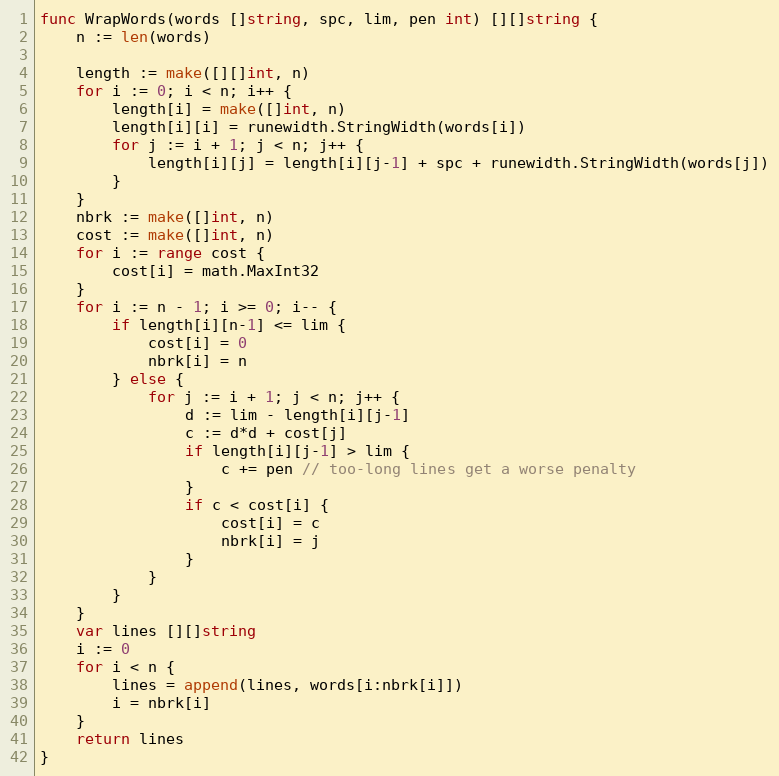
Language: Go
func WrapWords(words []string, spc, lim, pen int) [][]string {
	n := len(words)

	length := make([][]int, n)
	for i := 0; i < n; i++ {
		length[i] = make([]int, n)
		length[i][i] = runewidth.StringWidth(words[i])
		for j := i + 1; j < n; j++ {
			length[i][j] = length[i][j-1] + spc + runewidth.StringWidth(words[j])
		}
	}
	nbrk := make([]int, n)
	cost := make([]int, n)
	for i := range cost {
		cost[i] = math.MaxInt32
	}
	for i := n - 1; i >= 0; i-- {
		if length[i][n-1] <= lim {
			cost[i] = 0
			nbrk[i] = n
		} else {
			for j := i + 1; j < n; j++ {
				d := lim - length[i][j-1]
				c := d*d + cost[j]
				if length[i][j-1] > lim {
					c += pen // too-long lines get a worse penalty
				}
				if c < cost[i] {
					cost[i] = c
					nbrk[i] = j
				}
			}
		}
	}
	var lines [][]string
	i := 0
	for i < n {
		lines = append(lines, words[i:nbrk[i]])
		i = nbrk[i]
	}
	return lines
}